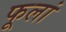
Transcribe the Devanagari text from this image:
फूलां